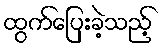
ထွက်ပြေးခဲ့သည့်